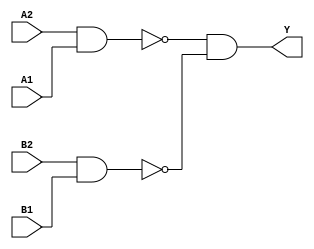
module sky130_fd_sc_ms__a22oi (
    Y ,
    A1,
    A2,
    B1,
    B2
);

    // Module ports
    output Y ;
    input  A1;
    input  A2;
    input  B1;
    input  B2;

    // Local signals
    wire nand0_out ;
    wire nand1_out ;
    wire and0_out_Y;

    //   Name   Output      Other arguments
    nand nand0 (nand0_out , A2, A1              );
    nand nand1 (nand1_out , B2, B1              );
    and  and0  (and0_out_Y, nand0_out, nand1_out);
    buf  buf0  (Y         , and0_out_Y          );

endmodule